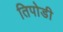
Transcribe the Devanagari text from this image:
तिपोडी